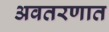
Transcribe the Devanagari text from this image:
अवतरणात